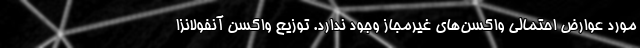
مورد عوارض احتمالی واکسن‌های غیرمجاز وجود ندارد. توزیع واکسن آنفولانزا